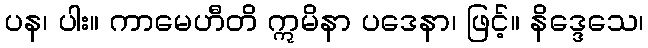
ပန၊ ပါး။ ကာမေဟီတိ ဣမိနာ ပဒေနာ၊ ဖြင့်။ နိဒ္ဒေသေ၊